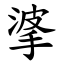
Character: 㨇